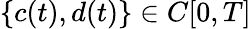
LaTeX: \{ c(t),d(t)\} \in C[0,T]